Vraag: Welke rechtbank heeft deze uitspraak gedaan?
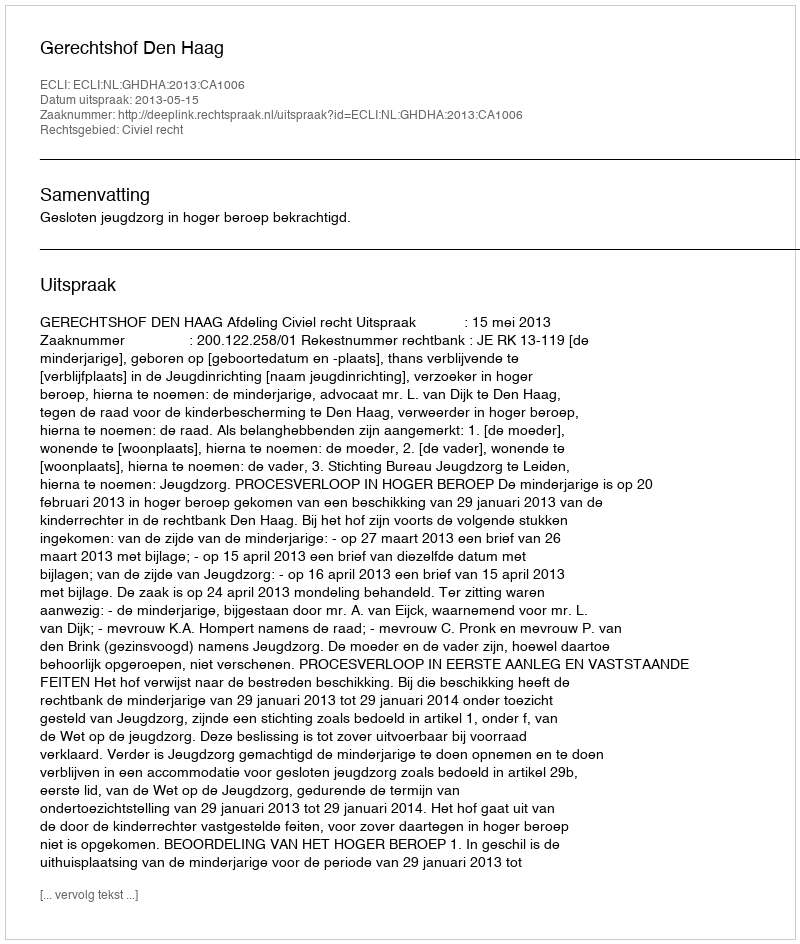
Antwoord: Gerechtshof Den Haag